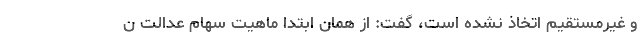
و غیرمستقیم اتخاذ نشده است، گفت: از همان ابتدا ماهیت سهام عدالت ن